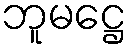
ဘူမဋ္ဌေ